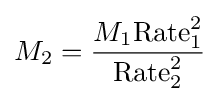
{M_{2}}={M_{1}{\mbox{Rate}}_{1}^{2} \over {\mbox{Rate}}_{2}^{2}}